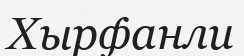
Хырфанли